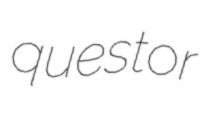
questor